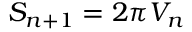
S _ { n + 1 } = 2 \pi V _ { n }